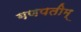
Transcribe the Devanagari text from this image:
गणपतीम्